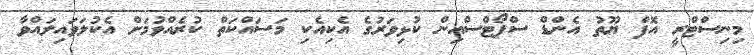
މިނިސްޓްރީ އޮފް ޔޫތު އެންޑް ސްޕޯޓްސްއިން ކުޅިވަރުގެ އެކިއެކި މަސައްކަތް ކުރެއްވުމަށް އެކުލަވައިލައްވާ